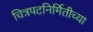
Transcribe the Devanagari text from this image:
चित्रपटनिर्मितीच्या